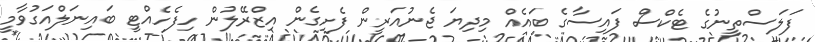
ފަލަސްތީނުގެ ޓެކްސް ފައިސާގެ ބައެއް މިދިޔަ ޖެނުއަރީން ފެށިގެން އިޒްރޭލުން ހިފެހެއްޓީ ބައިނަލްއަގުވާމީ